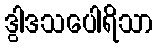
ဒွါဒသပေါရိသာ